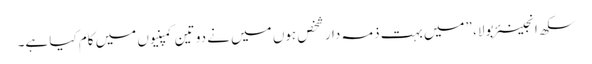
سکھ انجینئر بولا، ”میں بہت ذمہ دار شخص ہوں میں نے دو تین کمپنیوں میں کام کیا ہے۔